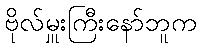
ဗိုလ်မှူးကြီးနော်ဘူက